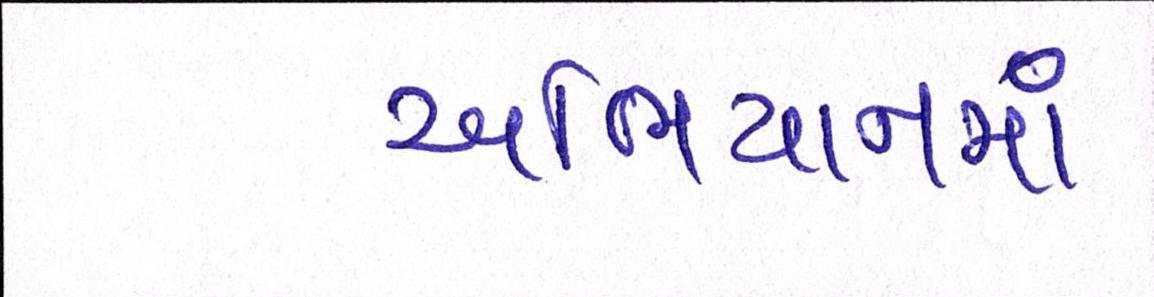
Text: અભિયાનમાં